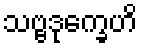
သဗ္ဗဒုက္ခေဟိ